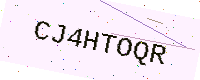
Text: CJ4HTOQR